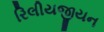
રિલીયજીયન